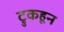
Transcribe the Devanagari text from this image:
ट्रुकहून